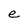
Character: e